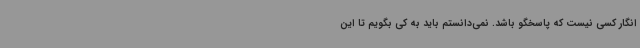
انگار کسی نیست که پاسخگو باشد. نمی‌دانستم باید به کی بگویم تا این